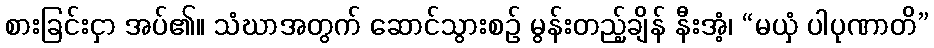
စားခြင်းငှာ အပ်၏။ သံဃာအတွက် ဆောင်သွားစဉ် မွန်းတည့်ချိန် နီးအံ့၊ “မယှံ ပါပုဏာတိ”